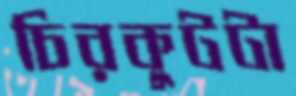
চিরকুটটা